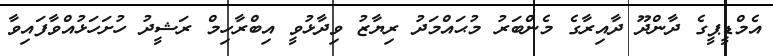
އެމްޑީޕީގެ ދާންދޫ ދާއިރާގެ މެންބަރު މުޙައްމަދު ރިޔާޒު ވިދާޅުވީ އިބްރާހިމް ރަޝީދު ހުށަހަޅުއްވާފައިވާ